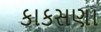
કાકસણા